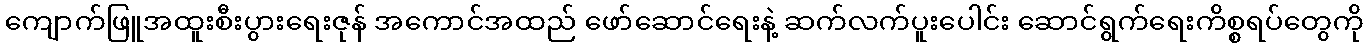
ကျောက်ဖြူအထူးစီးပွားရေးဇုန် အကောင်အထည် ဖော်ဆောင်ရေးနဲ့ ဆက်လက်ပူးပေါင်း ဆောင်ရွက်ရေးကိစ္စရပ်တွေကို